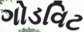
ગોડવિટ